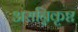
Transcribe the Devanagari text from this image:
असन्निकृष्ट